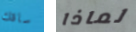
ساقك لماذا